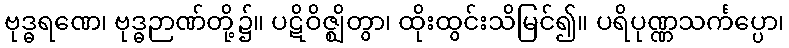
ဗုဒ္ဓရဏေ၊ ဗုဒ္ဓဉာဏ်တို့၌။ ပဋိဝိဇ္ဈိတွာ၊ ထိုးထွင်းသိမြင်၍။ ပရိပုဏ္ဏသင်္ကပ္ပော၊